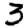
Digit: 3